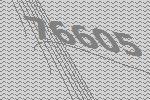
76605